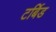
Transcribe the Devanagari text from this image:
टर्बिड